Civil Veterinary Dept. North-West Frontier Province 1933-46 - 1933-1946
Year: 1933
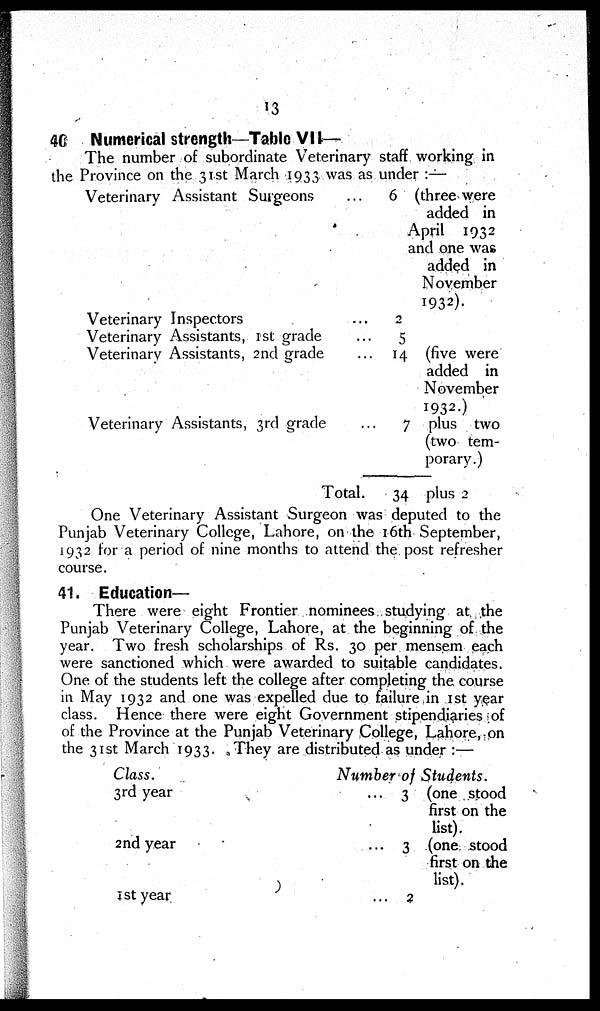
13
40 Numerical strength—Table VII—
The number of subordinate Veterinary staff working in
the Province on the 31st March 1933 was as under :—
Veterinary Assistant Surgeons ...
Veterinary Inspectors ...
Veterinary Assistants, 1st grade ...
Veterinary Assistants, 2nd grade ...
Veterinary Assistants, 3rd grade ...
Total.
6 (three were
added in
April 1932
and one was
added in
November
1932).
2
5
14 (five were
added in
November
1932.)
7 plus two
(two tem-
porary.)
34 plus 2
One Veterinary Assistant Surgeon was deputed to the
Punjab Veterinary College, Lahore, on the 16th September,
1932 for a period of nine months to attend the post refresher
course.
41. Education—
There were eight Frontier nominees studying at the
Punjab Veterinary College, Lahore, at the beginning of the
year. Two fresh scholarships of Rs. 30 per mensem each
were sanctioned which were awarded to suitable candidates.
One of the students left the college after completing the course
in May 1932 and one was expelled due to failure in 1st year
class. Hence there were eight Government stipendiaries of
of the Province at the Punjab Veterinary College, Lahore, on
the 31st March 1933. They are distributed as under :—
Class.
3rd year
2nd year
1st year
Number of Students.
... 3 (one stood
first on the
list).
... 3 (one stood
first on the
list).
...
2